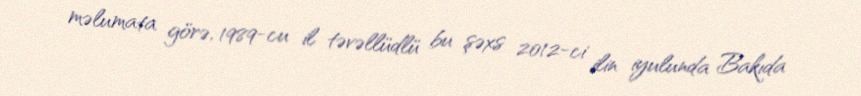
məlumata görə, 1989-cu il təvəllüdlü bu şəxs 2012-ci ilin iyulunda Bakıda